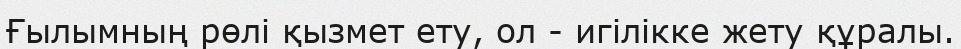
Ғылымның рөлі қызмет ету, ол - игілікке жету құралы.